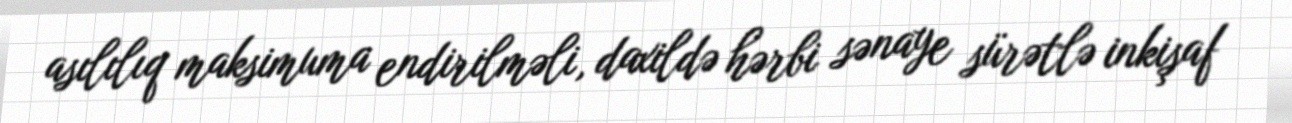
asılılıq maksimuma endirilməli, daxildə hərbi sənaye sürətlə inkişaf